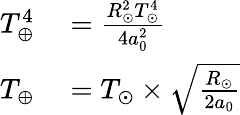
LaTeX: \begin{array}{rl}{T_{\oplus}^{4}}&{{}={\frac{R_{\odot}^{2}T_{\odot}^{4}}{4a_{0}^{2}}}}\\ {T_{\oplus}}&{{}=T_{\odot}\times{\sqrt{\frac{R_{\odot}}{2a_{0}}}}}\end{array}